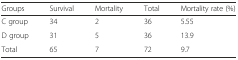
| Groups | Survival | Mortality | Total | Mortality rate (%) |
 | --- | --- | --- | --- | --- |
 | C group | 34 | 2 | 36 | 5.55 |
 | D group | 31 | 5 | 36 | 13.9 |
 | Total | 65 | 7 | 72 | 9.7 |